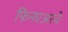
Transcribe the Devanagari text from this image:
फिनएअरचे